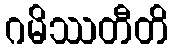
ဂမိဿတီတိ